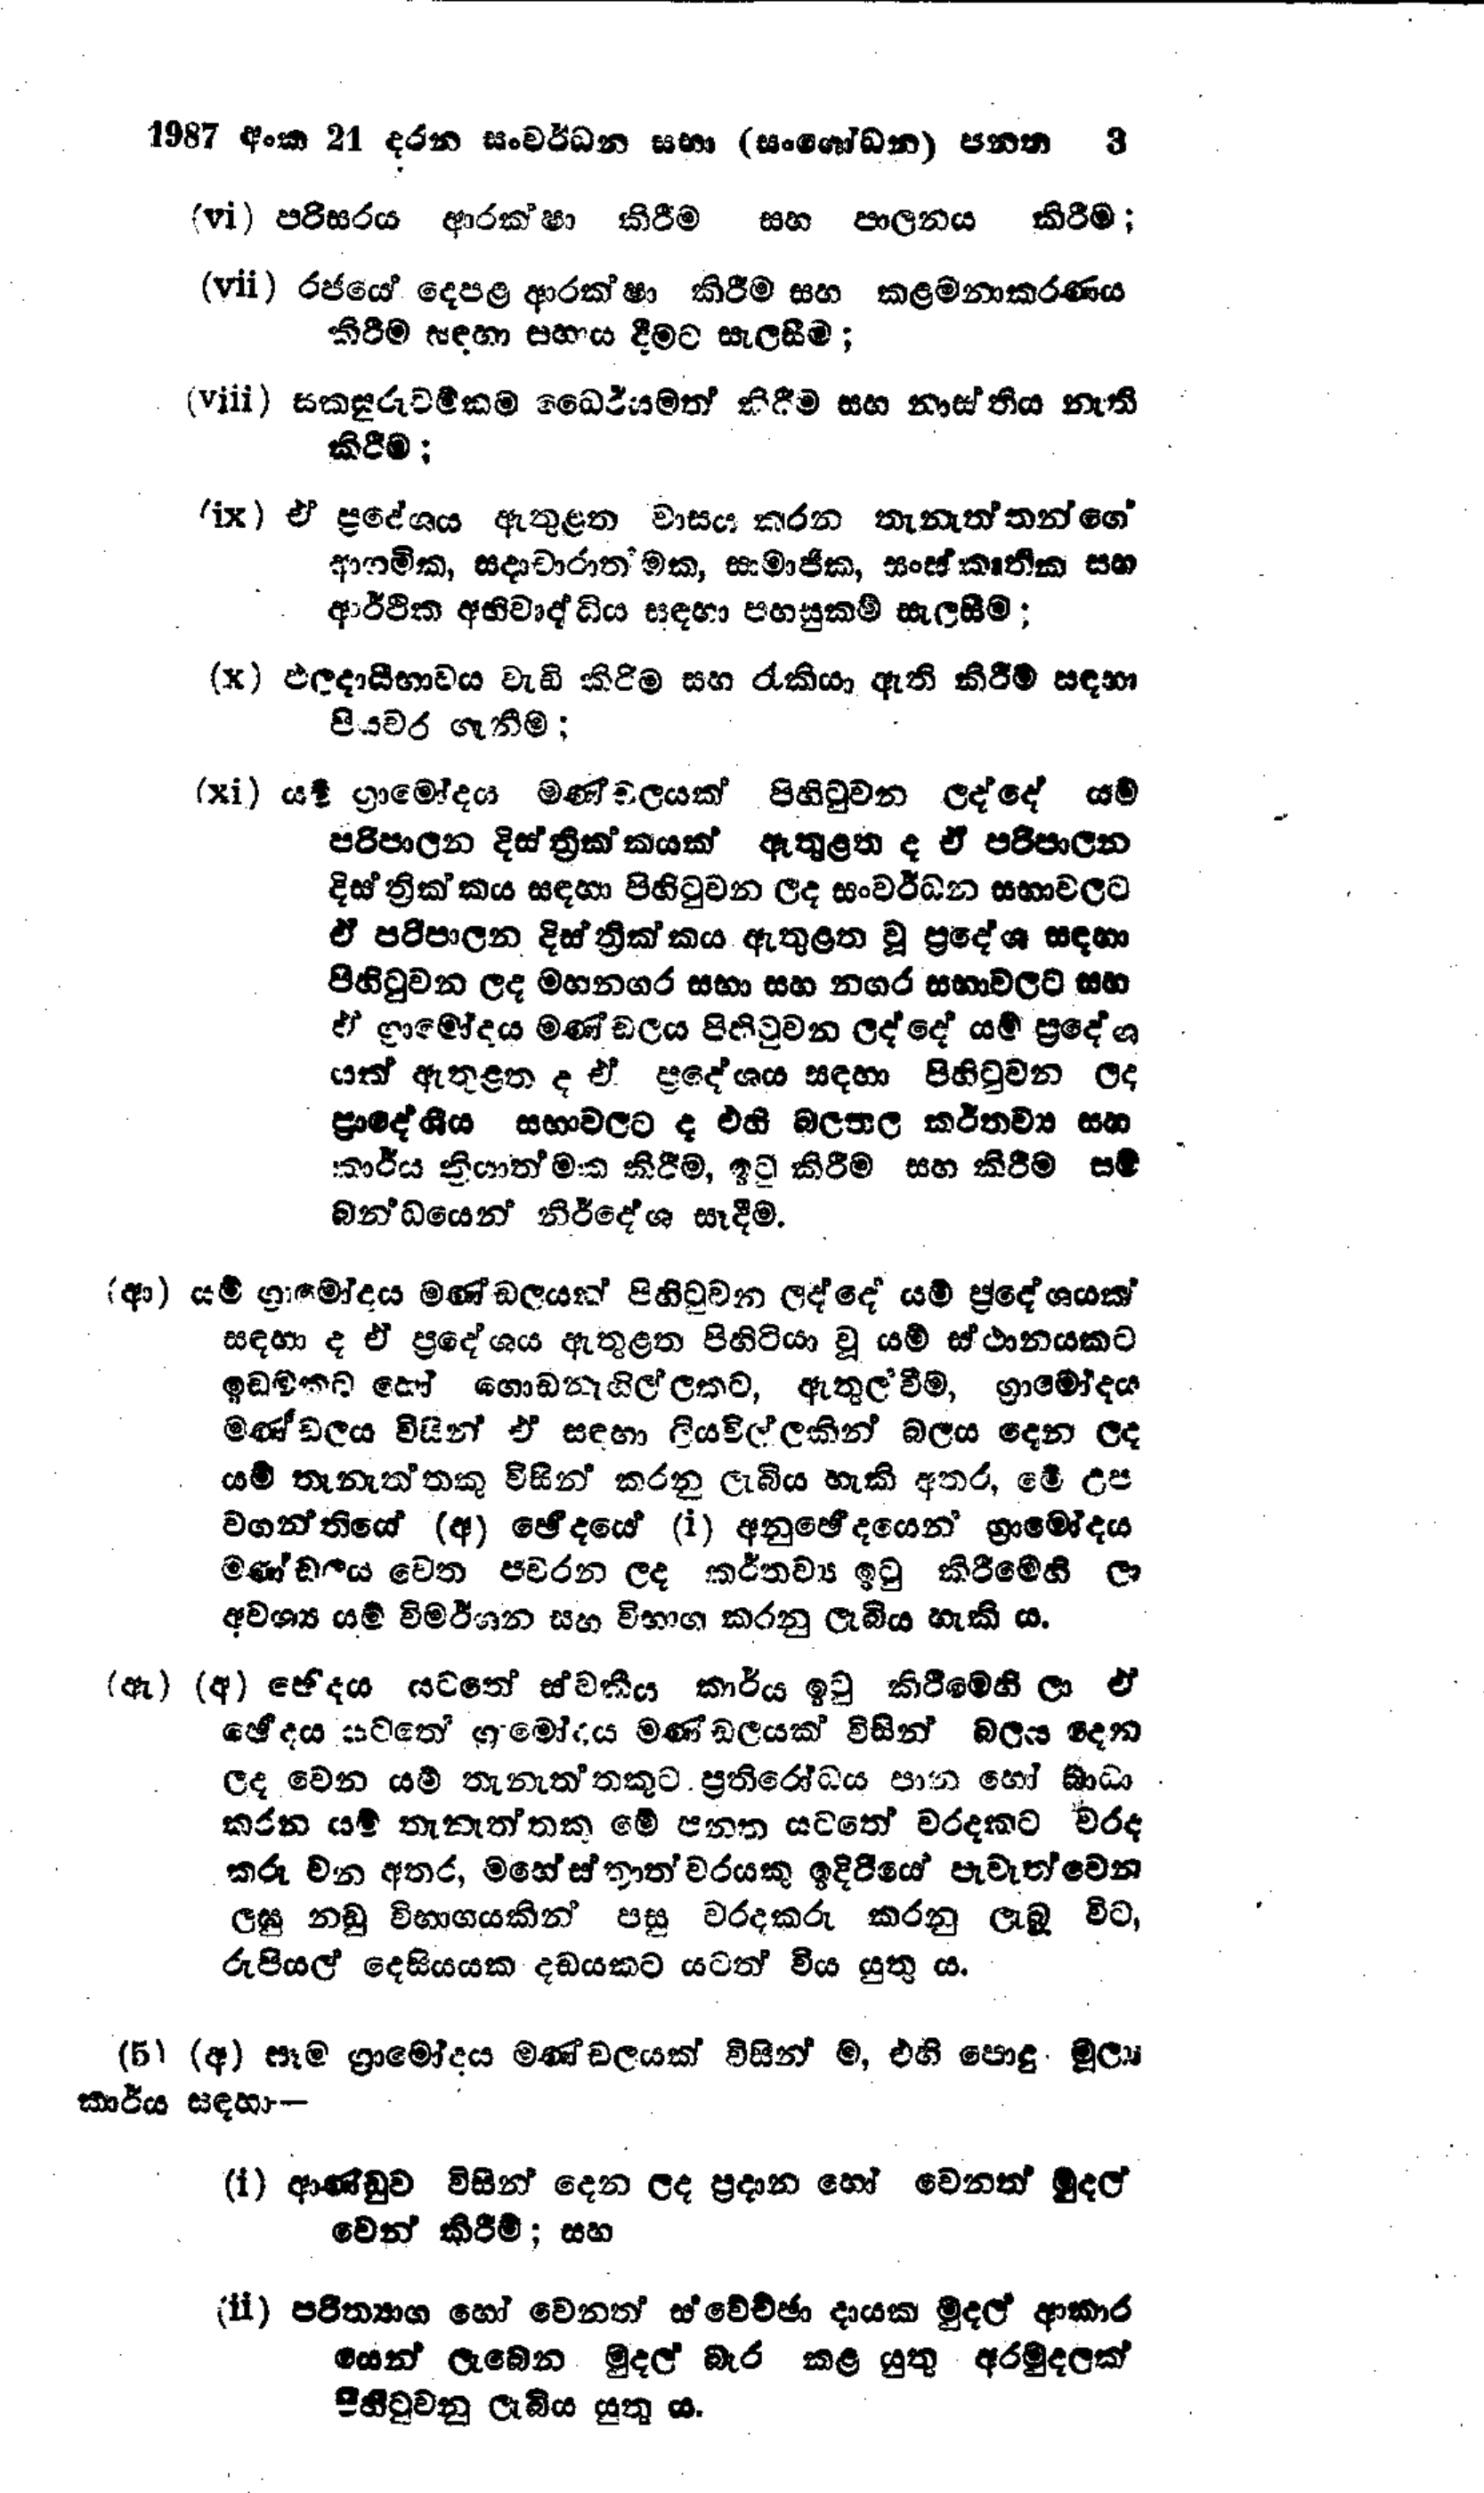
1987 අංක 21 දරන සංවර්ධන සභා (සංශෝධන ) පනත 3

(vi) පරිසරය ආරක්ෂා කිරීම සහ පාලනය කිරීම;

(vii) රජයේ දෙපළ ආරක්ෂා‍ කිරීම සහ කළමනාකරණය
කිරීම සඳහා සහාය දීමට සැලසීම;

(viii) සකසුරුවම්කම ධෛර්යමත් කිරීම සහ නාස්තිය නැති
කිරීම:

(ix) ඒ ප්‍රදේශය ඇතුළත වාසය කරන තැනැත්තන්ගේ
ආගමික, සදාචාරාත්මක, සාමාජික, සංස්කෘතික සහ
ආර්ථික අභිවෘද්ධිය සඳහා පහසුකම් සැලසීම ;

(x) ඵලදායීභාවය වැඩි කිරීම සහ රැකියා ඇති කිරීම් සඳහා
පියවර ගැනීම;

(xi) යම් ග්‍රාමෝදය මණ්ඩලයක් පිහිටුවන ලද්දේ යම්
පරිපාලන දිස්ත්‍රික්කයක් ඇතුළත ද ඒ පරිපාලන
දිස්ත්‍රික්කය සඳහා පිහිටුවන ලද සංවර්ධන සභාවලට
ඒ පරිපාලන දිස්ත්‍රික්කය ඇතුළත වූ ප්‍රදේශ සඳහා
පිහිටුවන ලද මහනගර සභා සහ නගර සභාවලට සහ
ඒ ග්‍රාමෝදය මණ්ඩලය පිහිටුවන ලද්දේ යම් ප්‍රදේශ
යක් ඇතුළත ද ඒ ප්‍රදේශය සඳහා පිහිටුවන ලද
ප්‍රාදේශීය සභාවලට ද එහි බලතල කර්තව්‍ය සහ
කාර්ය ක්‍රියාත්මක කිරීම, ඉටු කිරීම සහ කිරීම සම්
බන්ධයෙන් නිර්දේශ සෑදීම.

(ආ) යම් ග්‍රාමෝදය මණ්ඩලයක් පිහිටුවන ලද්දේ යම් ප්‍රදේශයක්
සඳහා ද ඒ ප්‍රදේශය ඇතුළත පිහිටියා වූ යම් ස්ථානයකට
ඉඩමකට හෝ ගොඩනැගිල්ලකට, ඇතුල්වීම්, ග්‍රාමෝදය
මණ්ඩලය විසින් ඒ සඳහා ලියවිල්ලකින් බලය දෙන ලද
යම් තැනැත්තකු විසින් කරනු ලැබිය හැකි අතර, මේ උප
වගන්තියේ (අ) ඡේදයේ (i) අනුඡේදයෙන් ග්‍රාමෝදය
මණ්ඩලය වෙත පවරන ලද කර්තව්‍ය ඉටු කිරීමෙහි ලා
අවශ්‍ය යම් විමර්ශන සහ විභාග කරනු ලැබිය හැකිය.

(ඇ) (අ) භේදය යටතේ ස්වකීය කාර්ය ඉටු කිරීමෙහි ලා ඒ
ඡේදය යටතේ ග්‍රමෝදය මණ්ඩලයක් විසින් බලය දෙන
ලද වෙන යම් තැනැත්තකුට ප්‍රතිරෝධය පාන හෝ බාධා
කරන යම් තැනැත්තකු මේ පනත යටතේ වරදකට වරද
කරු වන අතර, මහේස්ත්‍රාත්වරයකු ඉදිරියේ පැවැත්වෙන
ලඝු නඩු විභාගයකින් පසු වරදකරු කරනු ලැබූ විට,
රුපියල් දෙසියයක දඩයකට යටත් විය යුතු ය.

(5) (අ) සෑම ග්‍රාමෝදය මණ්ඩලයක් විසින් ම, එහි පොදු මුලා
කාර්ය සඳහා -

(i) ආණ්ඩුව විසින් දෙන ලද ප්‍රදාන හෝ වෙනත් මුදල්
වෙන් කිරීම; සහ

(ii) පරිත්‍යාග හෝ වෙනත් ස්වේච්ඡා දායක මුදල් ආකාර
යෙන් ලැබෙන මුදල් බැර කළ යුතු අරමුදලක්
පිහිටුවනු ලැබිය යුතු ය.